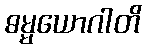
ဓမ္မယောဂါတိ